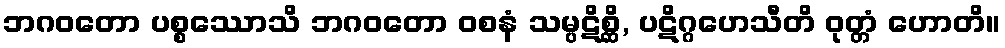
ဘဂဝတော ပစ္စဿောသိ ဘဂဝတော ဝစနံ သမ္ပဋိစ္ဆိ, ပဋိဂ္ဂဟေသီတိ ဝုတ္တံ ဟောတိ။